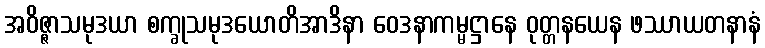
အဝိဇ္ဇာသမုဒယာ စက္ခုသမုဒယောတိအာဒိနာ ဝေဒနာကမ္မဋ္ဌာနေ ဝုတ္တနယေန ဖဿာယတနာနံ